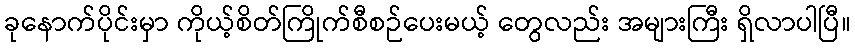
ခုနောက်ပိုင်းမှာ ကိုယ့်စိတ်ကြိုက်စီစဉ်ပေးမယ့် တွေလည်း အများကြီး ရှိလာပါပြီ။